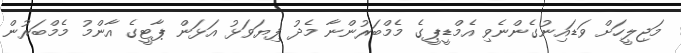
މަޖިލީހަށް ވަޑައިނުގެންނެވި އެމްޑީޕީގެ މެމްބަރުންނާ މެދު ފިޔަވަޅު އަޅަން ޕާޓީގެ އާންމު މެމްބަރުން